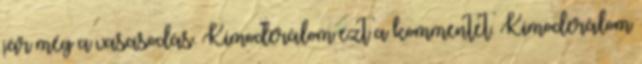
jár még a vasasodás. Kimoderálom ezt a kommentet. Kimoderálom